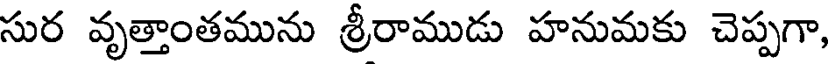
సుర వృత్తాంతమును శ్రీరాముడు హనుమకు చెప్పగా,